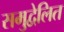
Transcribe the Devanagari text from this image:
समुद्वेलित